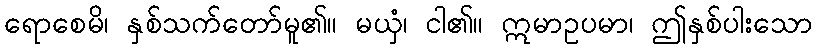
ရောစေမိ၊ နှစ်သက်တော်မူ၏။ မယှံ၊ ငါ၏။ ဣမာဥပမာ၊ ဤနှစ်ပါးသော